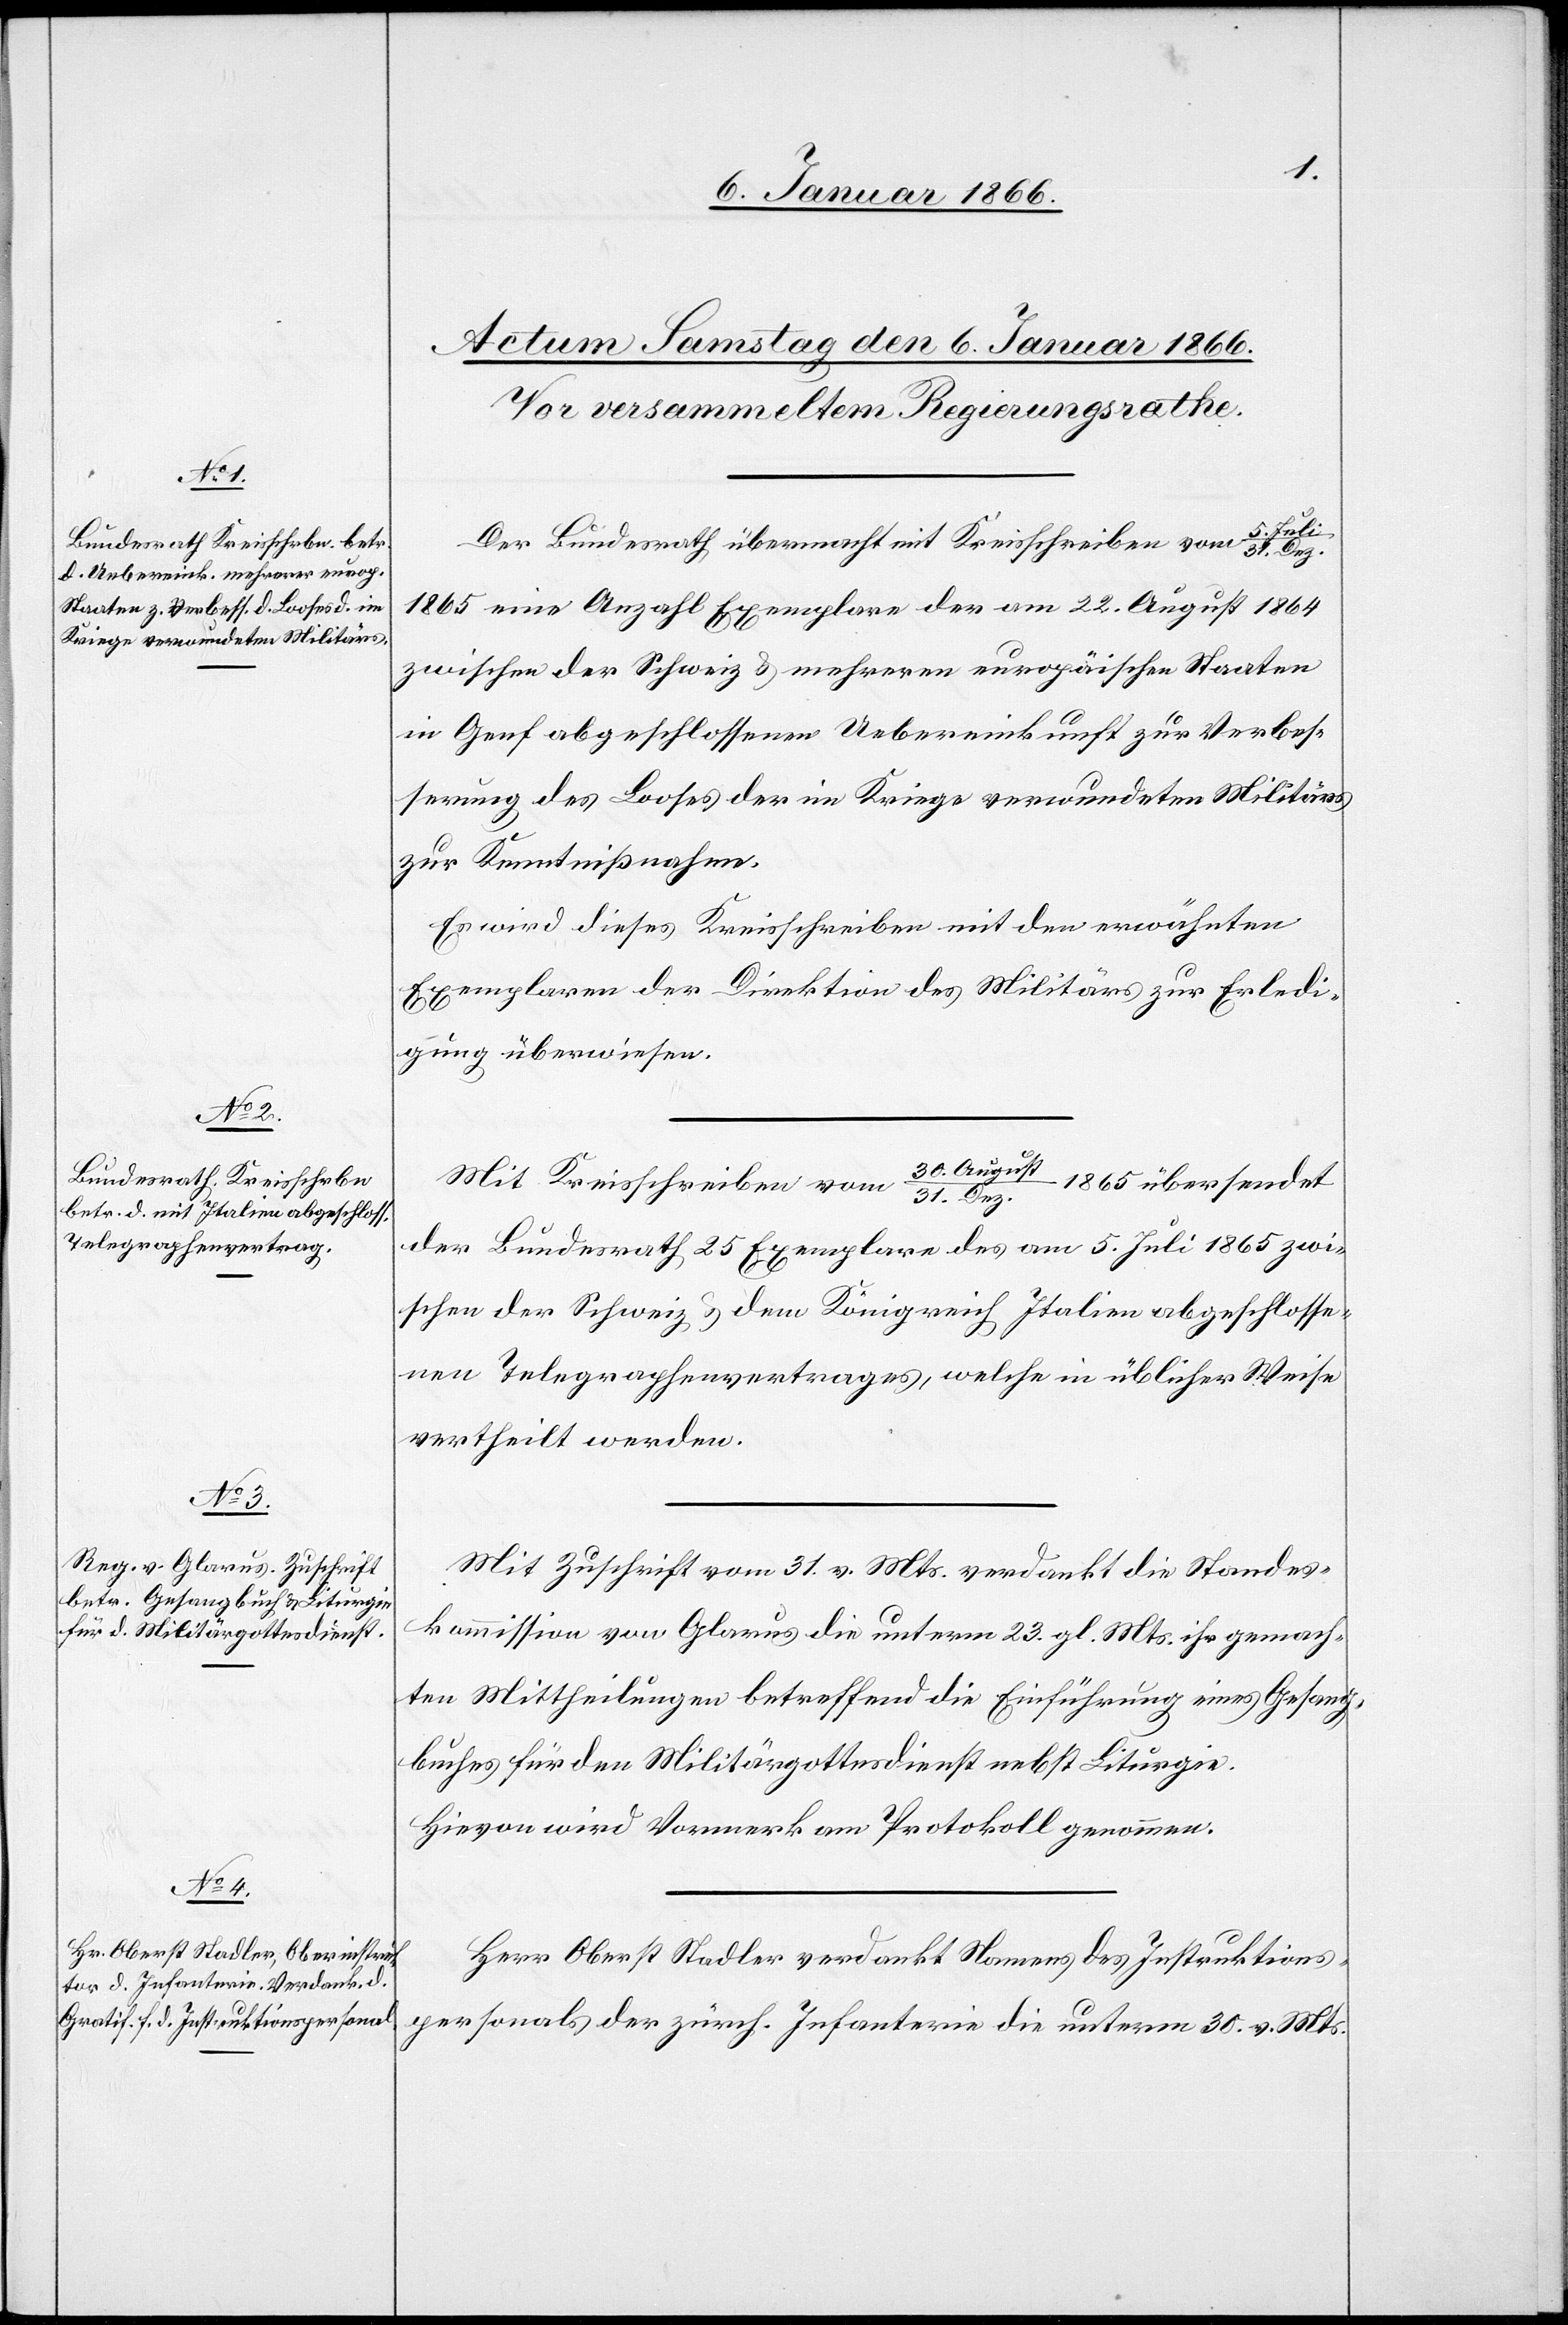
5. Juli
Der Bundesrath übermacht mit Kreisschreiben vom 31. Dez.
1865 eine Anzahl Exemplare der am 22. August 1864
zwischen der Schweiz u. mehreren europäischen Staaten
in Genf abgeschlossenen Uebereinkunft zur Verbes¬
serung des Looses der im Kriege verwundeten Militärs
zur Kentnißnahme.
Es wird dieses Kreisschreiben mit den erwähnten
Exemplaren der Direktion des Militärs zur Erledi¬
gung überwiesen.
30. August
1865 übersendet
Mit Kreisschreiben vom
31. Dez.
der Bundesrath 25 Exemplare des am 5. Juli 1865 zwi¬
schen der Schweiz u. dem Königreich Italien abgeschlosse¬
nen Telegraphenvertrages, welche in üblicher Weise
vertheilt werden.
Mit Zuschrift vom 31. v. Mts. verdankt die Standes¬
kommission von Glarus die unterm 23. gl. Mts. ihr gemach¬
ten Mittheilungen betreffend die Einführung eines Gesang¬
buches für den Militärgottesdienst nebst Liturgie.
Hievon wird Vormerk am Protokoll genommen.
Herr Oberst Stadler verdankt Namens des Instruktions¬
personals der zürch. Infanterie die unterm 31. v. Mts.